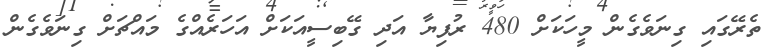
ތެރޭގައި ގިނަވެގެން މީހަކަށް 480 ރުފިޔާ އަދި ގޭބިސީއަކަށް އަހަރެއްގެ މައްޗަށް ގިނަވެގެން